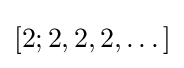
[2;2,2,2,\dots ]